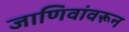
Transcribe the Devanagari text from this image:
जाणिवांवरून